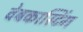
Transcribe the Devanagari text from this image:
वेबकास्टिंग